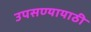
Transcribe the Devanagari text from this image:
उपसण्यायाठी